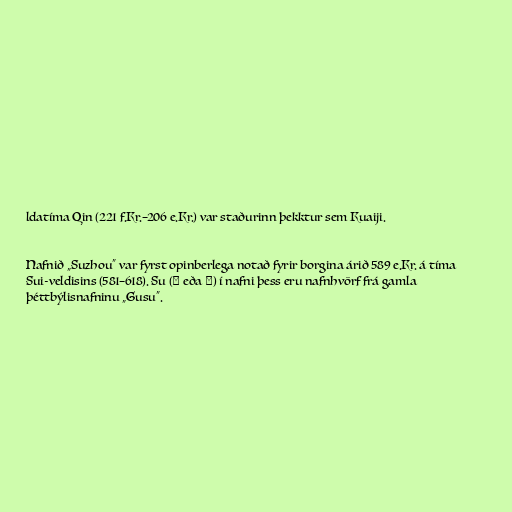
ldatíma Qin (221 f.Kr.–206 e.Kr.) var staðurinn þekktur sem Kuaiji.

Nafnið „Suzhou“ var fyrst opinberlega notað fyrir borgina árið 589 e.Kr. á tíma
Sui-veldisins (581–618). Su (蘇 eða 苏) í nafni þess eru nafnhvörf frá gamla
þéttbýlisnafninu „Gusu“.